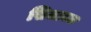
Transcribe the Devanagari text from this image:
सिजावल